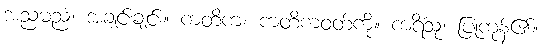
အညမညံ၊ အချင်းချင်း။ ကတိကံ၊ ကတိကဝတ်ကို။ ကရိံသု၊ ပြုကုန်၏။